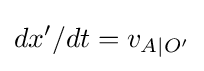
dx'/dt=v_{A\mid O'}